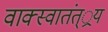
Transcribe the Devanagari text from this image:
वाक्स्वातंत््रय